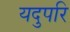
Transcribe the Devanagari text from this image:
यदुपरि